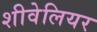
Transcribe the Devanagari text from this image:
शीवेलियर